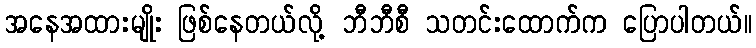
အနေအထားမျိုး ဖြစ်နေတယ်လို့ ဘီဘီစီ သတင်းထောက်က ပြောပါတယ်။